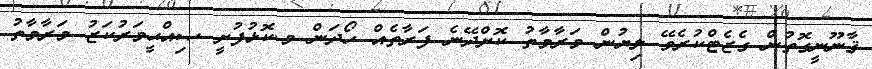
ޤާނޫނީގޮތުން ގެޒެޓްކުރެވޭ ލިޔުން މަރާމާތު ކޮށްދޭނެ ފަރާތެއް ހޯދަން މ.ކޮޅުފުށީ ޞިއްޙީމަރުކަޒު މަރާމާތު